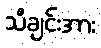
သီချင်းအား